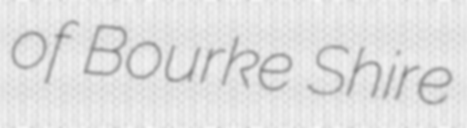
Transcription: of Bourke Shire